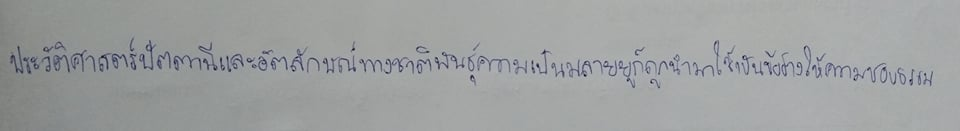
ประวัติศาสตร์ปัตตานีและอัตลักษณ์ทางชาติพันธุ์ความเป็นมลายูก็ถูกนำมาใช้เป็นข้ออ้างให้ความชอบธรรม